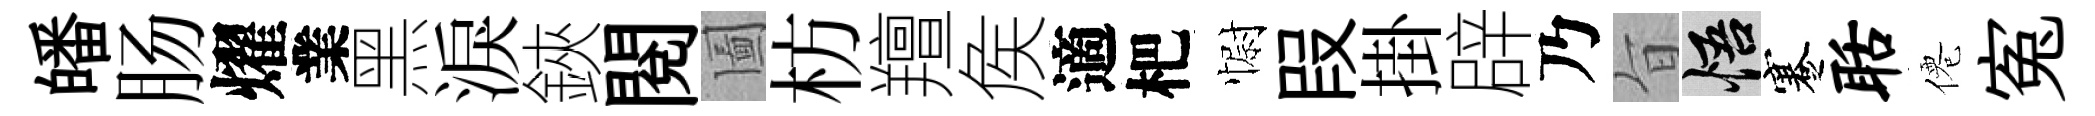
皤肠燿業黑淚鋏閲圗枋羶矦適杷𢠢叚掛辟乃旨悟蹇聒僊寃